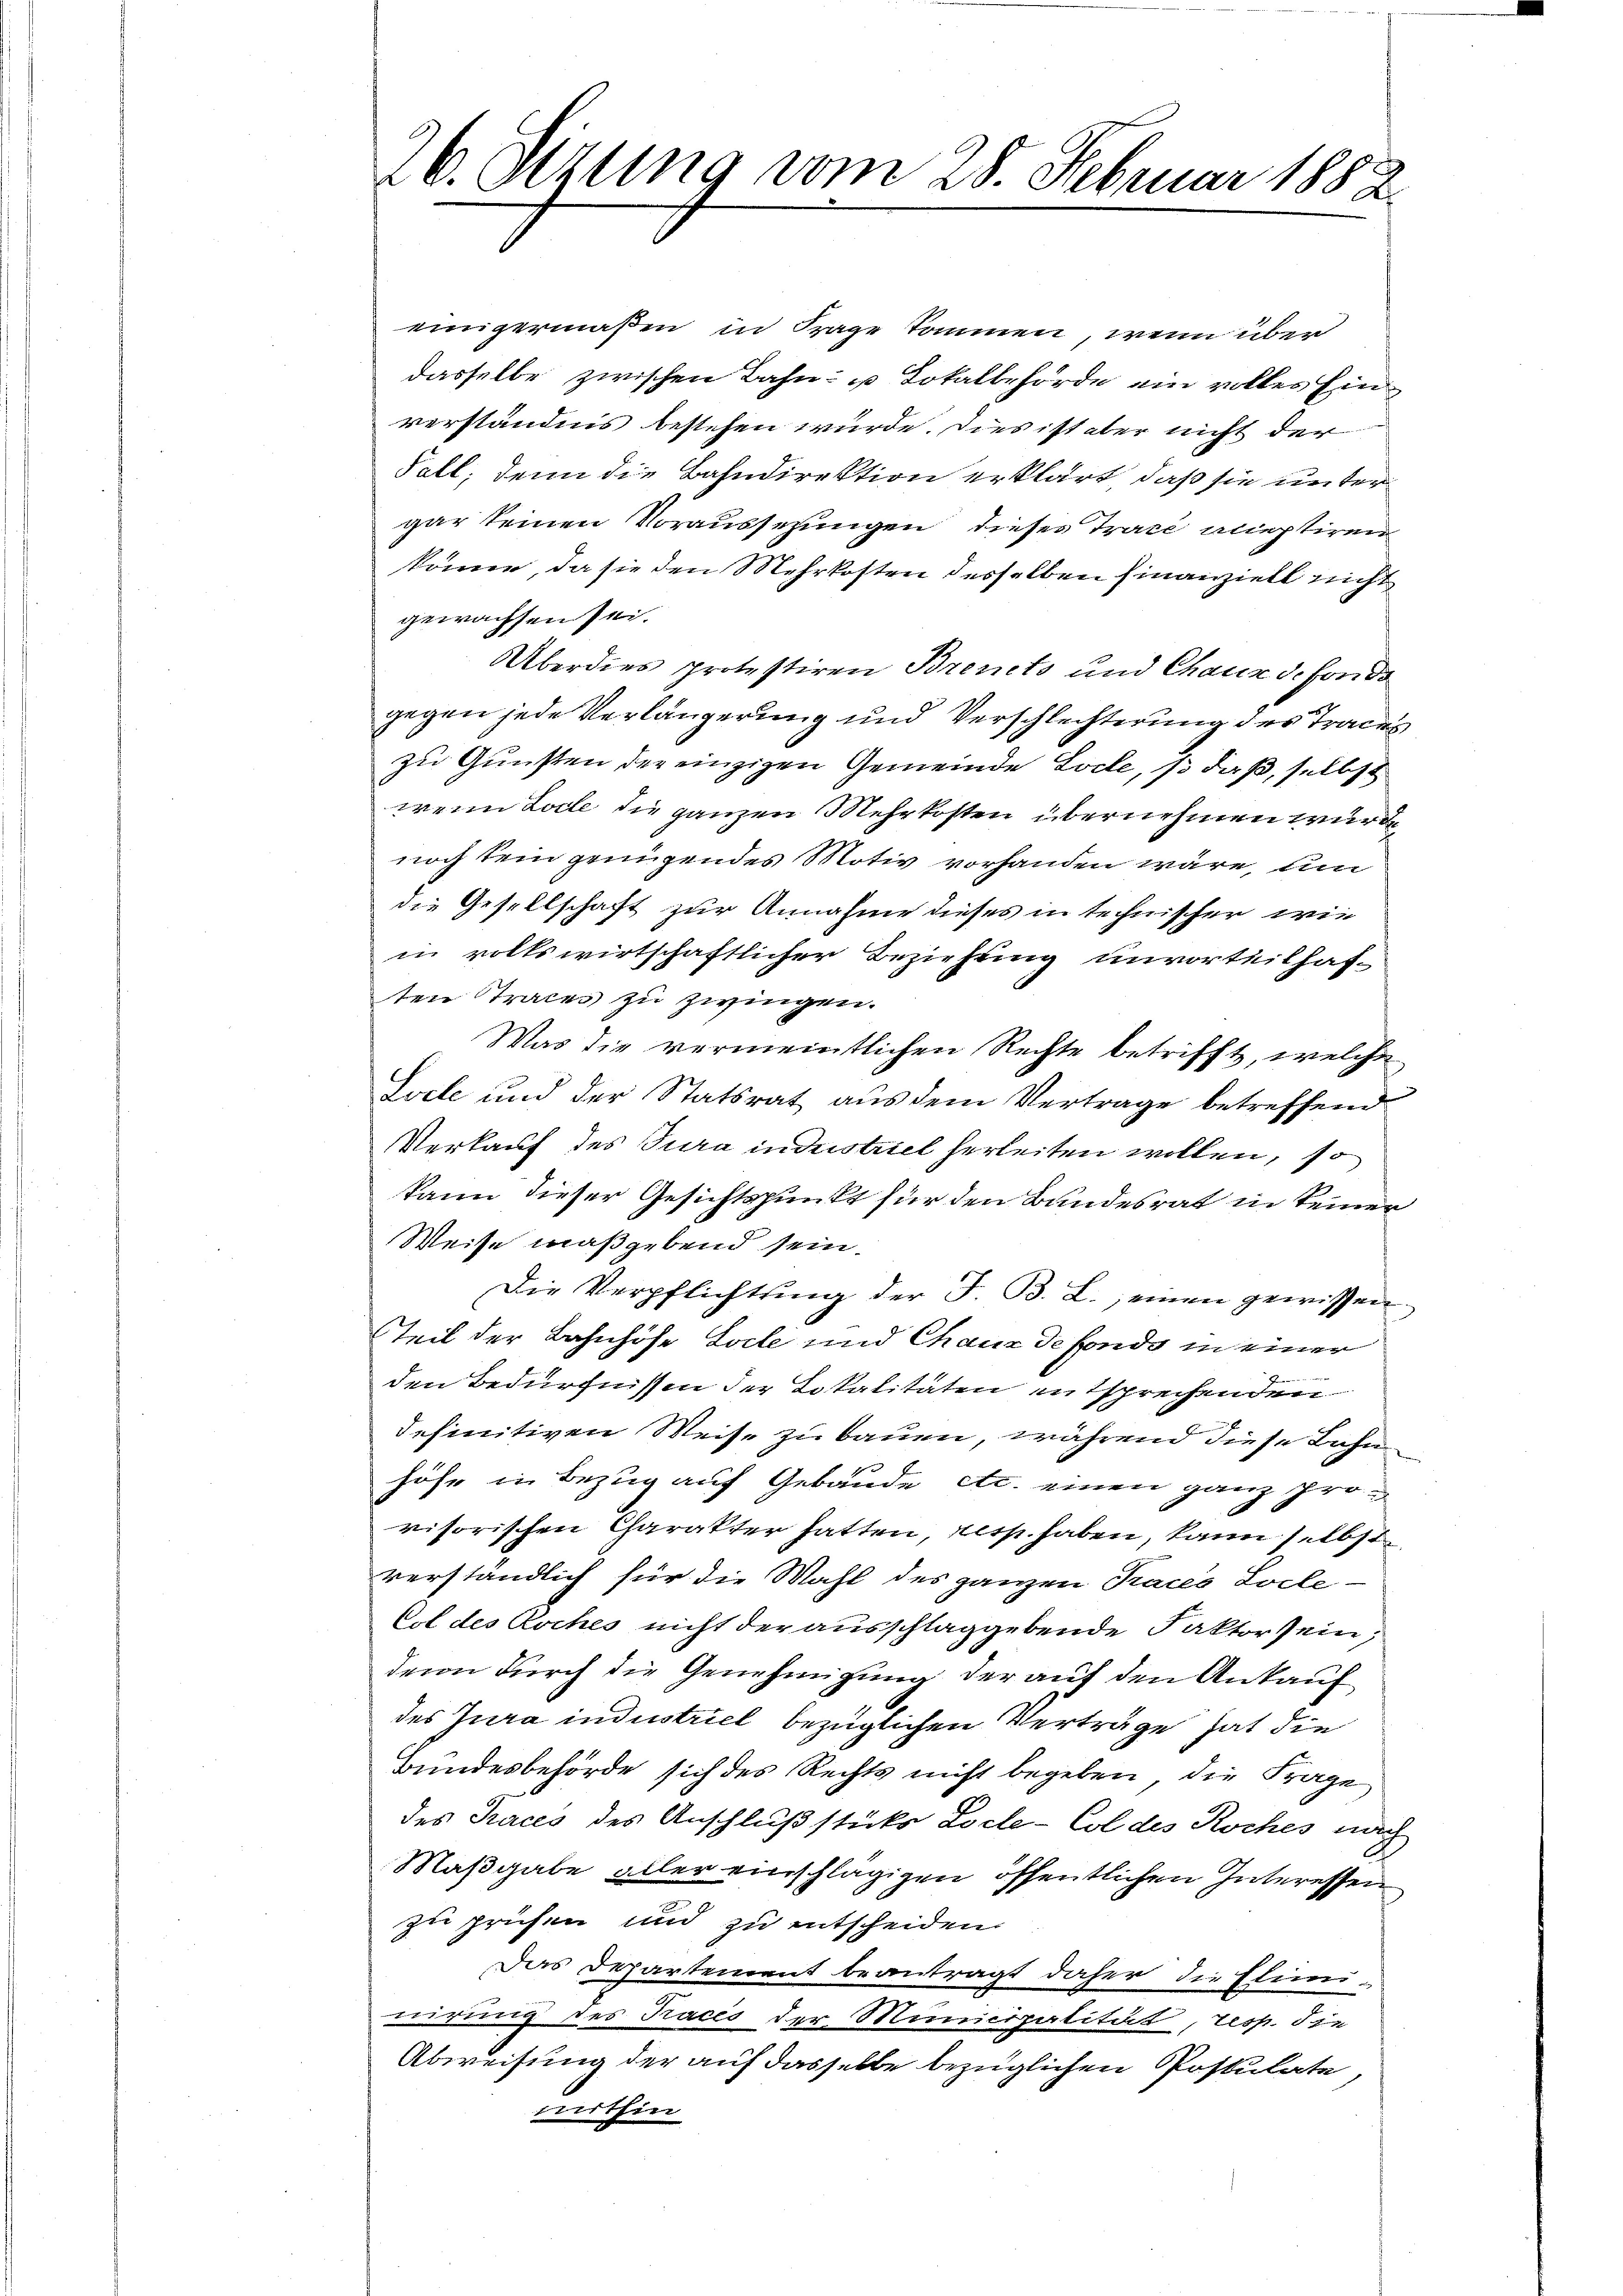
einigermaßen in Frage kommen, wenn über
dasselbe zwischen Bahn- u. Lokalbehörde ein volles Einverständnis bestehen würde. Dies ist aber nicht der
Fall, denn die Bahndirektion erklärt, daß sie unter
gar keinen Voraussezungen dieses Tracé acceptiren
könne, da sie den Mehrkosten desselben finanziell nicht
gewachsen sei.
Überdies protestiren Brevets und Chaux de fondo
gegen jede Verlängerung und Verschlechterung des Traces
zu Gunsten der einzigen Gemeinde Loche, so daß, selbst
wenn Zolle die ganzen Mehrkosten übernehmen wurde
noch sein genügendes Motiv vorhanden wäre, um
die Gesellschaft zur Annahme dieses in technischer wie
in volkswirtschaftlicher Beziehung unvorteilhaf-
ten trates zu zwingen.
Was die vermeintlichen Rechte betrifft, welche
Locle und der Statsrat aus dem Vertrage betreffend
Verkauf des Jura in distriel herleiten wollen, so
kann dieser Gesichtspunkt für den Bandesrat in keiner
Weise maßgebend sein.
Die Verpflichtŭng der F. B. L., einen gewissen.
Teil der Bahnhöfe Solle und Chaux de fondo in einer
den Bedürfnissen der Lokalitäten entsprechenden
definitiven Weise zu bauen, während diese Bahnhöhe in Bezug auf Gebäude etc. einen ganz pro-
visorischen Charakter hatten, resp. haben, kann selbst
verständlich für die Mahl des ganzen Traces Locle-
Col des Koches nicht der ausschlaggebende Faktor sein,
dern durch die Genehmigung der auf den Ankauf
des Jura industriel bezüglichen Verträge hat die
Bundesbehörde sich des Rechts nicht begeben, die Frage
des Traces des Anschluß stüks Loche-Col des Koches nach
Maßgabe aller einschlägigen öffentlichen Interessen
zu prüfen und zu entscheiden.
Das Departement beantragt daher die Elimi-
nirung des Pracés der Municipalität, resp. die
Abweisung der auf dasselbe bezüglichen Postulate
mithin

26. Sitzung vom 28. Februar 1882.